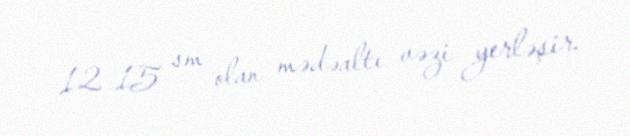
12–15 sm olan mədəaltı vəzi yerləşir.